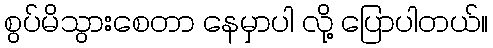
စွပ်မိသွားစေတာ နေမှာပါ လို့ ပြောပါတယ်။